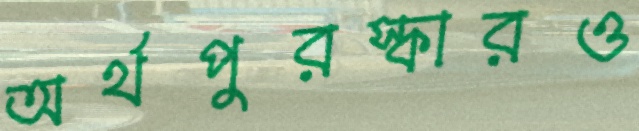
অর্থপুরস্কারও